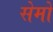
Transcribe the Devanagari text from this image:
सेमों